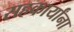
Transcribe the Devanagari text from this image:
सहकार्यांना